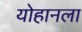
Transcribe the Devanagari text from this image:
योहानला